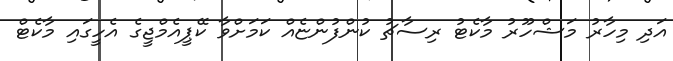
އަދި މިހާރު މަޝްހޫރު މާކެޓު ރިސާޗު ކުންފުންޏެއް ކަމަށްވާ ކޭޕީއެމްޖީގެ އެހީގައި މާކެޓް